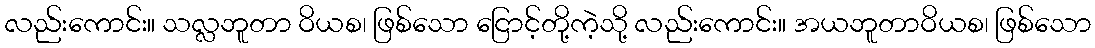
လည်းကောင်း။ သလ္လဘူတာ ဝိယစ၊ ဖြစ်သော ငြောင့်တို့ကဲ့သို့ လည်းကောင်း။ အယဘူတာဝိယစ၊ ဖြစ်သော